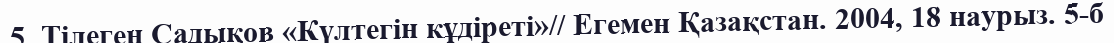
5. Тiлеген Садықов «Күлтегiн кұдiретi»// Егемен Қазақстан. 2004, 18 наурыз. 5-б